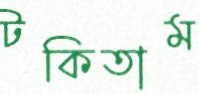
টকিতাম